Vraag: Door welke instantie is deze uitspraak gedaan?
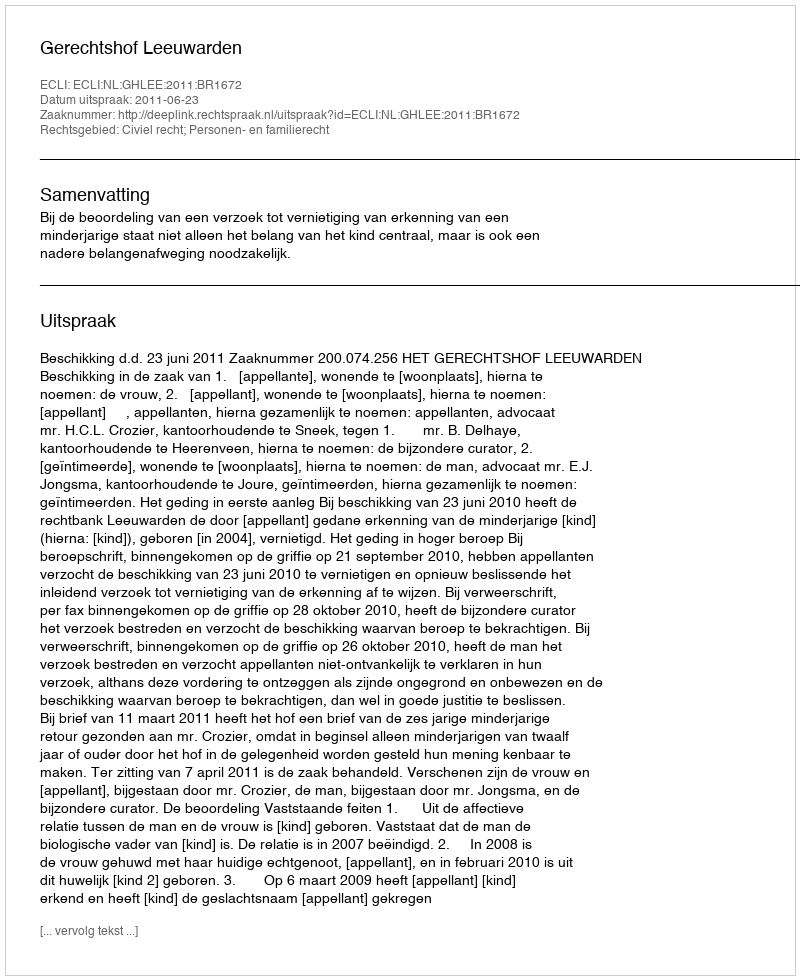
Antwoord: Gerechtshof Leeuwarden